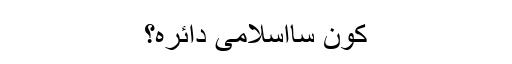
کون سااسلامی دائرہ؟